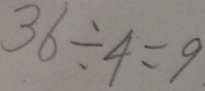
3 6 \div 4 = 9